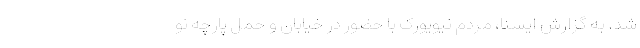
شد. به گزارش ایسنا، مردم نیویورک با حضور در خیابان و حمل پارچه نو